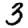
Digit: 3